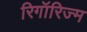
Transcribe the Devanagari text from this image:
रिगॉरिज्म